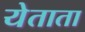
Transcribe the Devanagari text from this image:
येताता